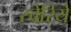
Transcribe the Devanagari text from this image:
स्वेरिये